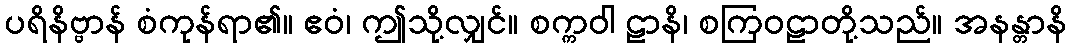
ပရိနိဗ္ဗာန် စံကုန်ရာ၏။ ဧဝံ၊ ဤသို့လျှင်။ စက္ကဝါ ဠာနိ၊ စကြဝဠာတို့သည်။ အနန္တာနိ